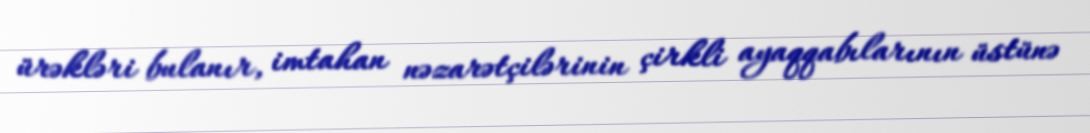
ürəkləri bulanır, imtahan nəzarətçilərinin çirkli ayaqqabılarının üstünə